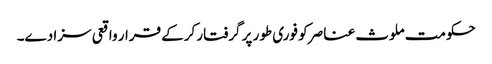
حکومت ملوث عناصر کو فوری طور پر گرفتار کرکے قرار واقعی سزا دے۔